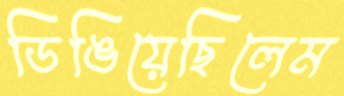
ডিঙিয়েছিলেম